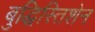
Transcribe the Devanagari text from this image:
बुद्धिस्तिशेन